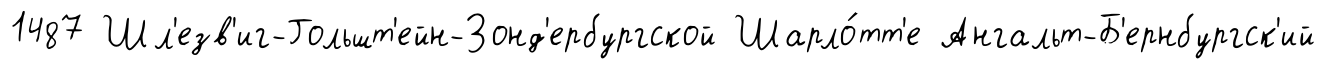
1487 Шл'езв'иг-Гольшт'ейн-Зонд'ербургской Шарло́тт'е Ангальт-Б'ернбургск'ий